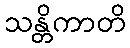
သန္တိကာတိ